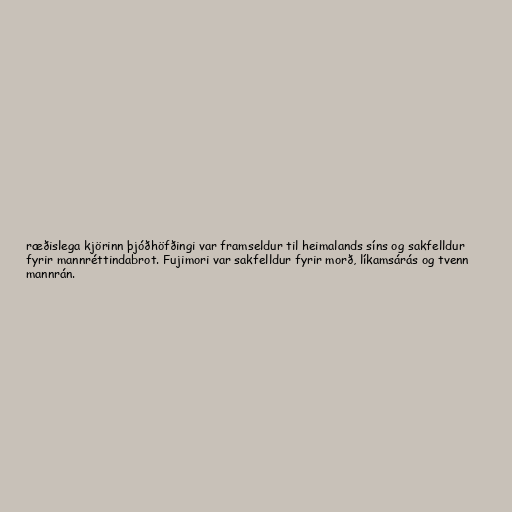
ræðislega kjörinn þjóðhöfðingi var framseldur til heimalands síns og sakfelldur
fyrir mannréttindabrot. Fujimori var sakfelldur fyrir morð, líkamsárás og tvenn
mannrán.